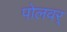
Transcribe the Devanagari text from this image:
पोलवर्